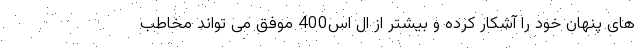
های پنهان خود را آشکار کرده و بیشتر از ال اس400 موفق می تواند مخاطب